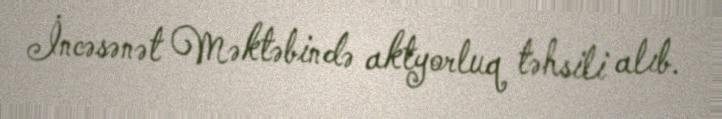
İncəsənət Məktəbində aktyorluq təhsili alıb.